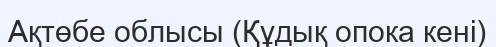
Ақтөбе облысы (Құдық опока кені)